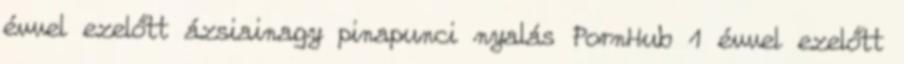
évvel ezelőtt ázsiainagy pinapunci nyalás PornHub 1 évvel ezelőtt